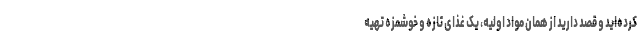
کرده‌اید و قصد دارید از همان مواد اولیه، یک غذای تازه و خوشمزه تهیه